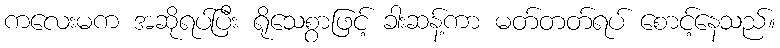
ကလေးမက အဆိုရပ်ပြီး ရိုသေစွာဖြင့် ခါးဆန့်ကာ မတ်တတ်ရပ် စောင့်နေသည်။